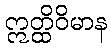
ဣတ္ထိဝိမာန